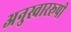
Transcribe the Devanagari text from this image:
अनुस्वाररूपी